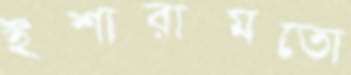
ইশারামতো